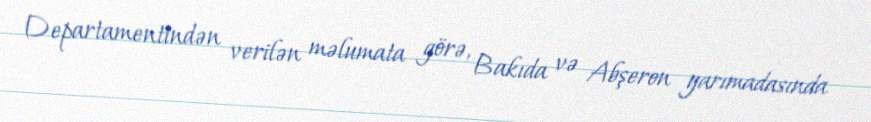
Departamentindən verilən məlumata görə, Bakıda və Abşeron yarımadasında